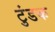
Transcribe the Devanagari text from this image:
टुंडक